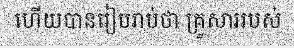
ហើយបានរៀបរាប់ថា គ្រួសាររបស់